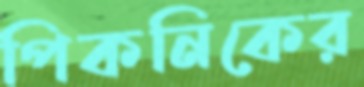
পিকনিকের